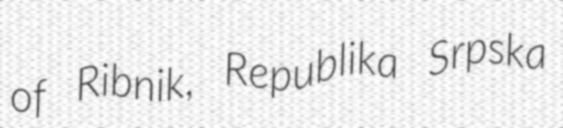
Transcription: of Ribnik, Republika Srpska